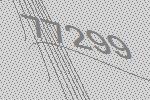
77299